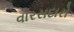
વારસદારો